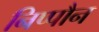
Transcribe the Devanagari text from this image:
निप्पौन